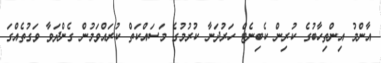
އާންމު އިންތިހާބުގެ ކުރިން ކެބިނެޓް ހަރުދަނާ ކުރުމުގެ މަސައްކަތް ކުރައްވަމުން ގެންދަވާ ވަގުތެއްގަ